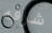
شرفه